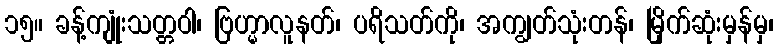
၁၅။ ခန့်ကျုံးသတ္တဝါ၊ ဗြဟ္မာလူနတ်၊ ပရိသတ်ကို၊ အကျွတ်သုံးတန်၊ မြိုက်ဆုံးမှန်မှ၊